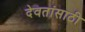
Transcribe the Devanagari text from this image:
देवतांसाठी